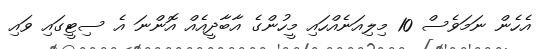
އެހެން ނަމަވެސް 10 މިލިއަނެއްހައި މީހުންގެ އާބާދީއެއް އޮންނަ އެ ސިޓީގައި ވައި